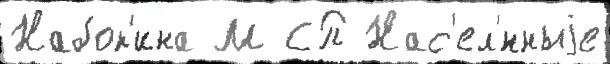
Набок'ина М СП Нас'ел'́нныjе